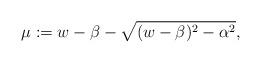
LaTeX: \begin{align*}\mu:=w-\beta -\sqrt{(w-\beta)^2-\alpha^2},\end{align*}